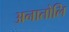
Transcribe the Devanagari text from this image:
अनातोलि